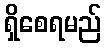
ရှိစေရမည်